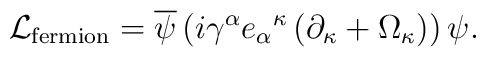
{\cal L}_{{\rm fermion}} = {\overline \psi} \left( i \gamma^\alpha {e_\alpha}^\kappa \left(\partial_\kappa + \Omega_\kappa \right) \right) \psi.